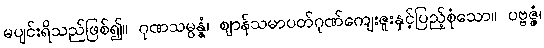
မပျင်းရိသည်ဖြစ်၍။ ဂုဏသမ္ပန္နံ၊ ဈာန်သမာပတ်ဂုဏ်ကျေးဇူးနှင့်ပြည့်စုံသော။ ပဗ္ဗဇ္ဇံ၊